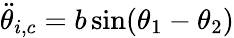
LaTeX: \ddot{\theta}_{i,c}=b\sin(\theta_{1}-\theta_{2})